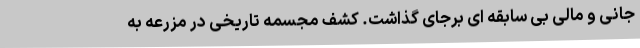
جانی و مالی بی سابقه ای برجای گذاشت. کشف مجسمه تاریخی در مزرعه به